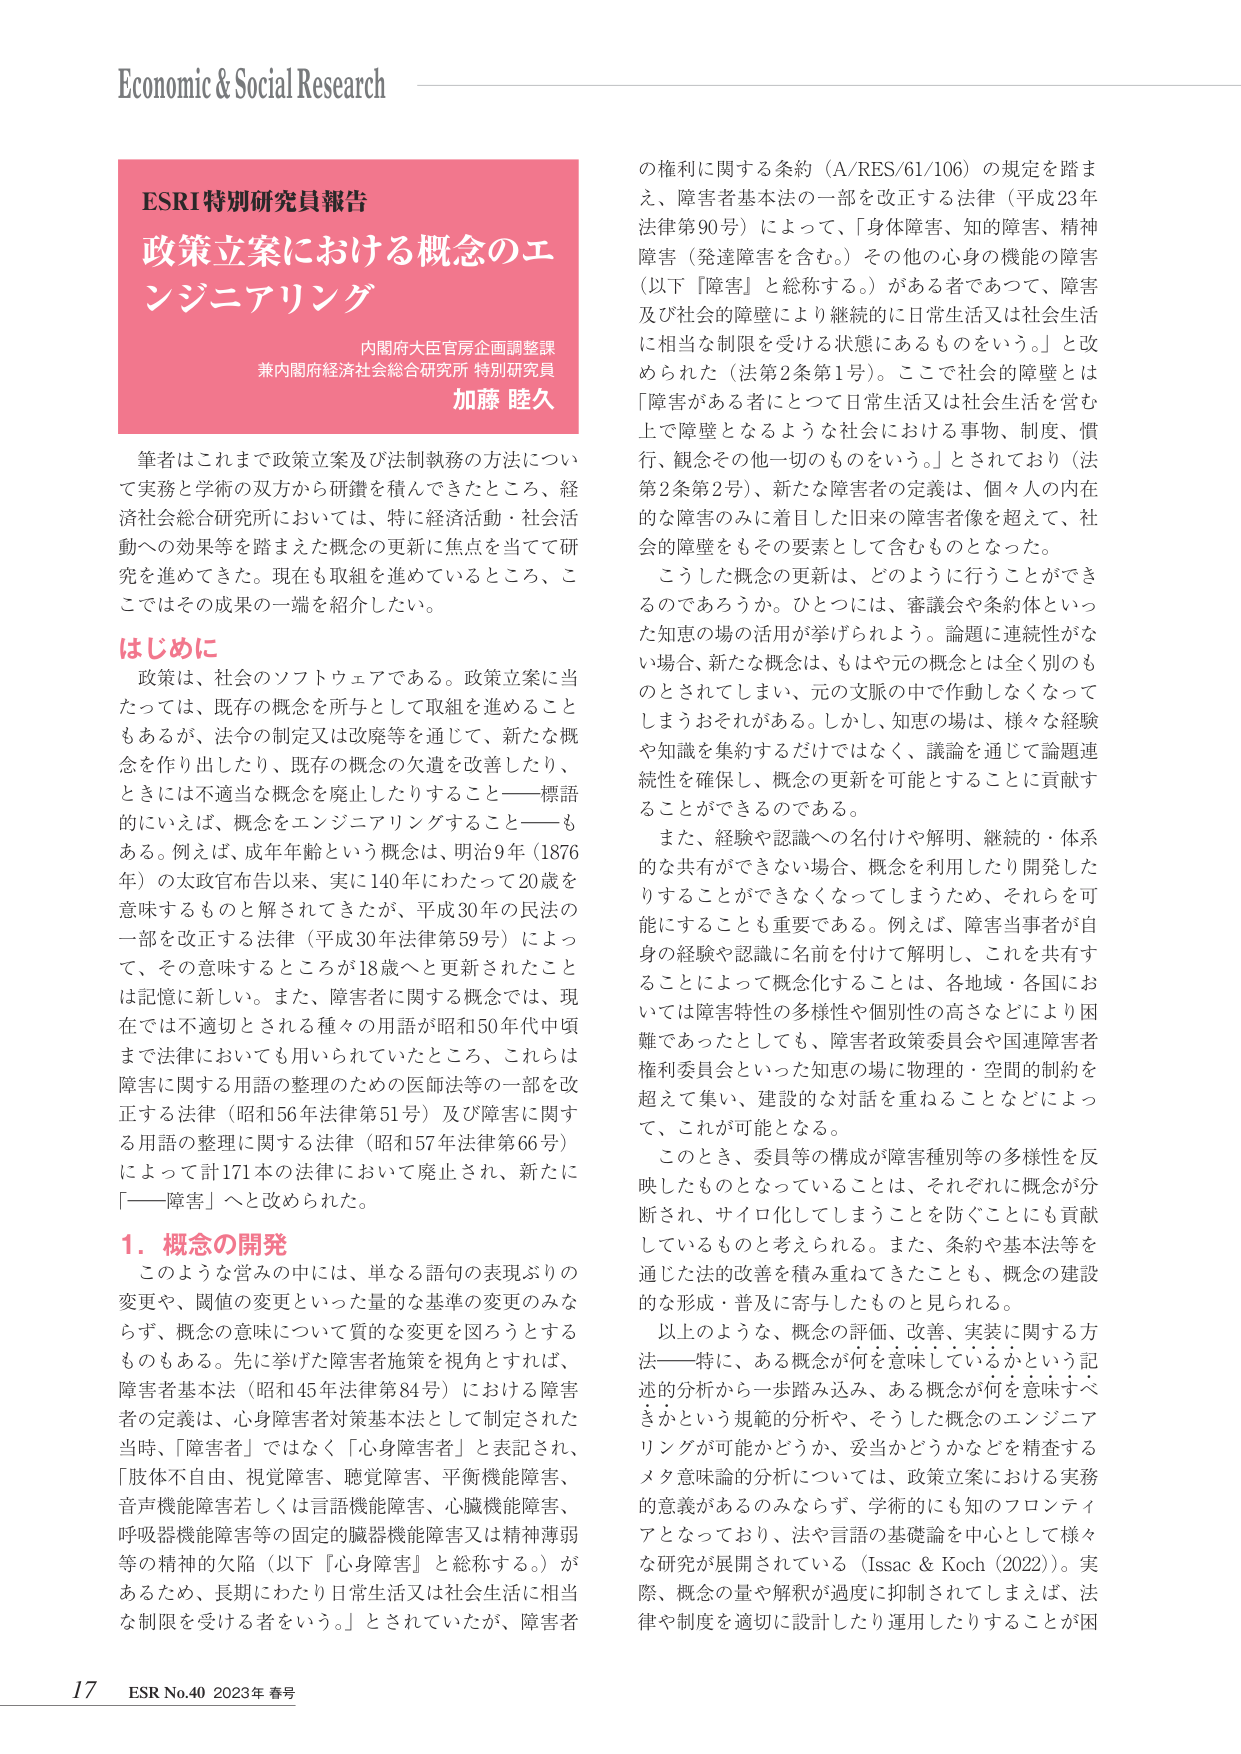
Economic & Social Research

ESRI特別研究員報告
政策立案における概念のエンジニアリング
内閣府大臣官房企画調整課
兼内閣府経済社会総合研究所 特別研究員
加藤 睦久

筆者はこれまで政策立案及び法制執務の方法について実務と学術の双方から研鑽を積んできたところ、経済社会総合研究所においては、特に経済活動・社会活動への効果等を踏まえた概念の更新に焦点を当てて研究を進めてきた。現在も取組を進めているところ、ここではその成果の一端を紹介したい。

はじめに
政策は、社会のソフトウェアである。政策立案に当たっては、既存の概念を所与として取組を進めることもあるが、法令の制定又は改廃等を通じて、新たな概念を作り出したり、既存の概念の文遺を改善したり、ときには不適当な概念を廃止したりするこ――標語的にいえば、概念をエンジニアリングすること――もある。例えば、成年年齢という概念は、明治9年（1876年）の太政官布告以来、実に140年にわたって20歳を意味するものと解されてきたが、平成30年の民法の一部を改正する法律（平成30年法律第59号）によって、その意味するところが18歳へと更新されたことは記憶に新しい。また、障害者に関する概念では、現在では不適切とされる種々の用語が昭和50年代中頃まで法律においても用いられていたところ、これらは障害に関する用語の整理のための医師法等の一部を改正する法律（昭和56年法律第51号）及び障害に関する用語の整理に関する法律（昭和57年法律第66号）によって計171本の法律において廃止され、新たに「――障害」へと改められた。

1. 概念の開発
このような営みの中には、単なる語句の表現ぶりの変更や、関値の変更といった量的な基準の変更のみならず、概念の意味について質的な変更を図ろうとするものもある。先に挙げた障害者施策を視角とすれば、障害者基本法（昭和45年法律第84号）における障害者の定義は、心身障害者対策基本法として制定された当時、「障害者」ではなく「心身障害者」と表記され、「肢体不自由、視覚障害、聴覚障害、平衡機能障害、音声機能障害若しくは言語機能障害、心臓機能障害、呼吸器機能障害等の固定的臓器機能障害又は精神薄弱等の精神的欠陥（以下『心身障害』と総称する。）があるため、長期にわたり日常生活又は社会生活に相当な制限を受ける者をいう。」とされていたが、障害者の権利に関する条約（A/RES/61/106）の規定を踏まえ、障害者基本法の一部を改正する法律（平成23年法律第90号）によって、「身体障害、知的障害、精神障害（発達障害を含む。）その他の心身の機能の障害（以下『障害』と総称する。）がある者であって、障害及び社会的障壁により継続的に日常生活又は社会生活に相当な制限を受ける状態にあるものをいう。」と改められた（法第2条第1号）。ここで社会的障壁とは「障害がある者にとって日常生活又は社会生活を営む上で障壁となるような社会における事物、制度、慣行、観念その他一切のものをいう。」とされており（法第2条第2号）、新たな障害者の定義は、個人の内在的な障害のみに着目した旧来の障害者像を超えて、社会的障壁をもその要素として含むものとなった。

こうした概念の更新は、どのように行うことができるのだろうか。ひとつには、審議会や条約体といった知恵の場の活用が挙げられよう。論題に連続性がない場合、新たな概念は、もはや元の概念とは全く別のものとされてしまい、元の文脈の中で作動しなくなってしまうおそれがある。しかし、知恵の場は、様々な経験や知識を集約するだけではなく、議論を通じて論題連続性を確保し、概念の更新を可能とすることに貢献することができるのである。

また、経験や認識への名付けや解明、継続的・体系的な共有ができない場合、概念を利用したり開発したりすることができなくなってしまうため、それらを可能にすることも重要である。例えば、障害当事者が自身の経験や認識に名前を付けて解明し、これを共有することによって概念化することは、各地域・各国においては障害特性の多様性や個別性の高さなどにより困難であったとしても、障害者政策委員会や国連障害者権利委員会といった知恵の場に物理的・空間的制約を超えて集い、建設的な対話を重ねることなどによって、これが可能となる。

このとき、委員等の構成が障害種別等の多様性を反映したものとなっていることは、それぞれに概念が分断され、サイロ化してしまうことを防ぐことにも貢献しているものと考えられる。また、条約や基本法等を通じた法的改善を積み重ねてきたことも、概念の建設的な形成・普及に寄与したものと見られる。

以上のような、概念の評価、改善、実装に関する方法――特に、ある概念が何を意味しているかという記述的分析から一歩踏み込み、ある概念が何を意味すべきかという規範的分析や、そうした概念のエンジニアリングが可能かどうか、妥当かどうかなどを精査するメタ意味論的分析については、政策立案における実務的意義があるのみならず、学術的にも知のフロンティアとなっており、法や言語の基礎論を中心として様々な研究が展開されている（Issac & Koch (2022)）。実際、概念の量や解釈が過度に抑制されてしまえば、法律や制度を適切に設計したり運用したりすることが困

17 ESR No.40 2023年 春号